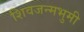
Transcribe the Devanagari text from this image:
शिवजन्मभुमी